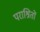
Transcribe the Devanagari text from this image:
पराश्रितों